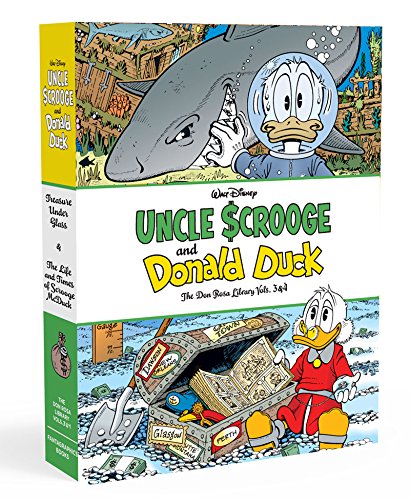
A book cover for Walt Disney Uncle Scrooge And Donald Duck The Don Rosa Library Vols. 3 & 4 Gift Box Set (The Don Rosa Library); Don Rosa; Comics & Graphic Novels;